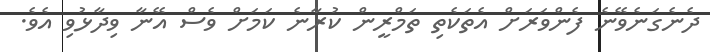
ދެނެގަނެވޭނެ ފެންވަރަށް އެތަކެތި ތަމްރީން ކުރާނެ ކަމަށް ވެސް އޭނާ ވިދާޅުވި އެވެ.